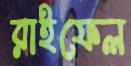
রাইফেল